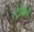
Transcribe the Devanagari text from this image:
स्ट्रैथिर्न